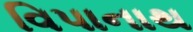
વિપાનાથ